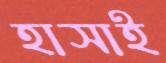
হাসাই